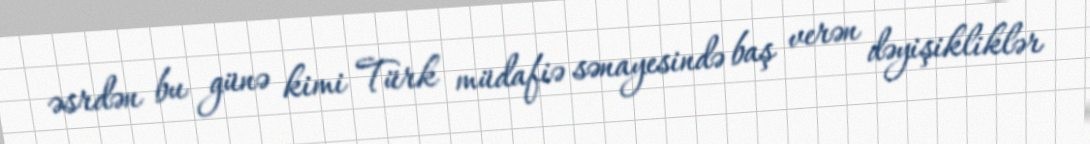
əsrdən bu günə kimi Türk müdafiə sənayesində baş verən dəyişikliklər